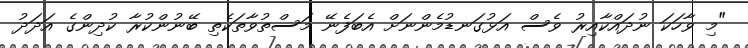
"މި ވާހަކަ ނުދައްކާއިރު ވެސް އަޅުގަނޑުމެންނަށް އެބަފެނޭ މަސްތުވާތަކެތި ބޭނުންކުރާ ކުދިންގެ އަދަދު